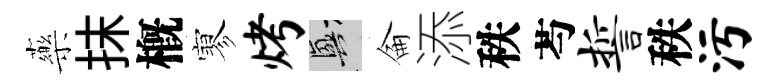
藥抹槪寥烤興侖添秩芍誓秩污